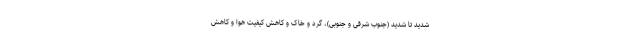
شدید تا شدید (جنوب شرقی و جنوبی)، گرد و خاک و کاهش کیفیت هوا و کاهش